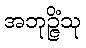
အဘုဉ္ဇိံသု